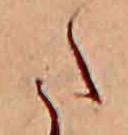
た